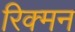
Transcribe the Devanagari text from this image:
रिक्मन